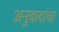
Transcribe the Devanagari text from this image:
अनुवादांचा